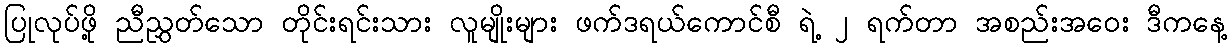
ပြုလုပ်ဖို့ ညီညွှတ်သော တိုင်းရင်းသား လူမျိုးများ ဖက်ဒရယ်ကောင်စီ ရဲ့ ၂ ရက်တာ အစည်းအဝေး ဒီကနေ့